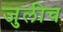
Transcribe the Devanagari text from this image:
जुलीच